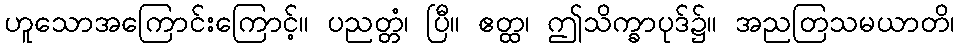
ဟူသောအကြောင်းကြောင့်။ ပညတ္တံ၊ ပြီ။ ဧတ္ထ၊ ဤသိက္ခာပုဒ်၌။ အညတြသမယာတိ၊